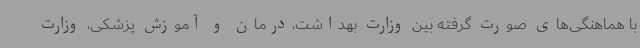
با هماهنگی‌های صورت گرفته بین وزارت بهداشت،درمان و آموزش پزشکی، وزارت